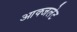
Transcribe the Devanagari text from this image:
आक्जलेट